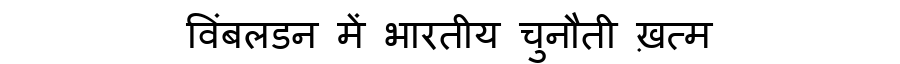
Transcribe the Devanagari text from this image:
विंबलडन में भारतीय चुनौती ख़त्म